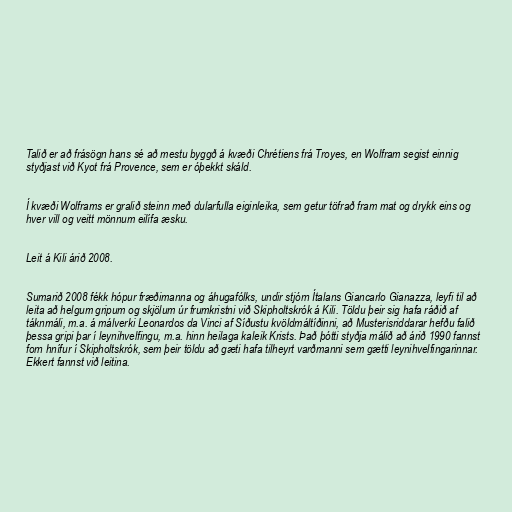
Talið er að frásögn hans sé að mestu byggð á kvæði Chrétiens frá Troyes, en Wolfram segist einnig
styðjast við Kyot frá Provence, sem er óþekkt skáld.

Í kvæði Wolframs er gralið steinn með dularfulla eiginleika, sem getur töfrað fram mat og drykk eins og
hver vill og veitt mönnum eilífa æsku.

Leit á Kili árið 2008.

Sumarið 2008 fékk hópur fræðimanna og áhugafólks, undir stjórn Ítalans Giancarlo Gianazza, leyfi til að
leita að helgum gripum og skjölum úr frumkristni við Skipholtskrók á Kili. Töldu þeir sig hafa ráðið af
táknmáli, m.a. á málverki Leonardos da Vinci af Síðustu kvöldmáltíðinni, að Musterisriddarar hefðu falið
þessa gripi þar í leynihvelfingu, m.a. hinn heilaga kaleik Krists. Það þótti styðja málið að árið 1990 fannst
forn hnífur í Skipholtskrók, sem þeir töldu að gæti hafa tilheyrt varðmanni sem gætti leynihvelfingarinnar.
Ekkert fannst við leitina.